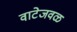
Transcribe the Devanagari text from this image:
वाटेजवळ